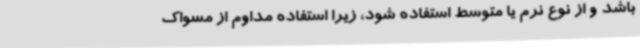
باشد و از نوع نرم یا متوسط استفاده شود، زیرا استفاده مداوم از مسواک